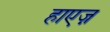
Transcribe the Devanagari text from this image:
हाएज़